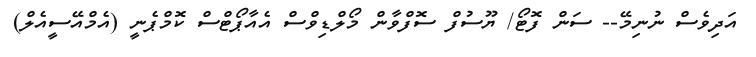
އަދިވެސް ނުނިމޭ-- ސަން ފޮޓޯ/ ޔޫސުފް ސޮފްވާން މޯލްޑިވްސް އެއާޕޯޓްސް ކޮމްޕެނީ (އެމްއޭސީއެލް)